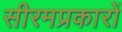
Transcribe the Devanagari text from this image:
सीरमप्रकारों